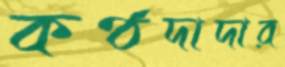
কণ্ঠদাদার